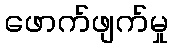
ဖောက်ဖျက်မှု